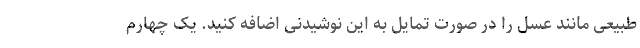
طبیعی مانند عسل را در صورت تمایل به این نوشیدنی اضافه کنید. یک چهارم